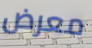
معرض